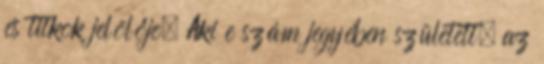
és titkok jelölője. Aki e szám jegyében született, az